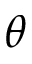
\theta